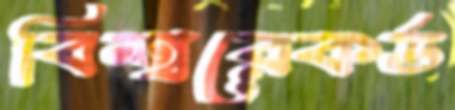
বিশ্বরেকর্ড